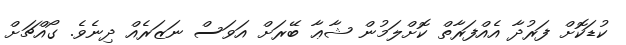
ކުޑަކޮށް ފަރުދާ އެއްފަރާތް ކޮށްލަމުން ޝާޢާ ބޭރަށް އަވަސް ނަޒަރެއް ދިނެވެ. ގޯއްޗަށް